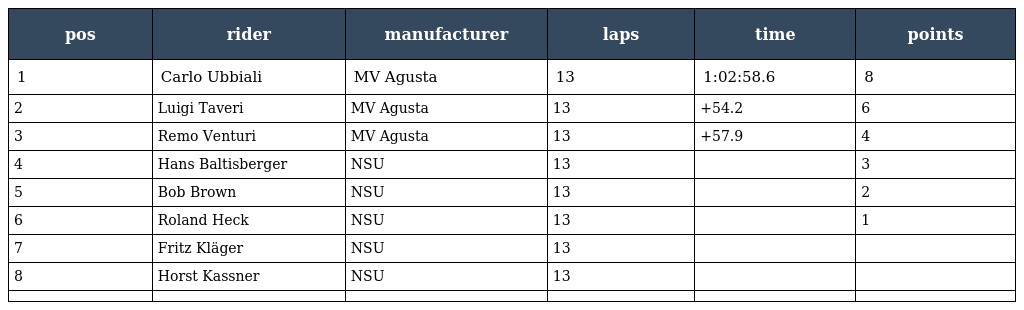
| pos | rider | manufacturer | laps | time | points |
 | --- | --- | --- | --- | --- | --- |
 | 1 | Carlo Ubbiali | MV Agusta | 13 | 1:02:58.6 | 8 |
 | 2 | Luigi Taveri | MV Agusta | 13 | +54.2 | 6 |
 | 3 | Remo Venturi | MV Agusta | 13 | +57.9 | 4 |
 | 4 | Hans Baltisberger | NSU | 13 |  | 3 |
 | 5 | Bob Brown | NSU | 13 |  | 2 |
 | 6 | Roland Heck | NSU | 13 |  | 1 |
 | 7 | Fritz Kläger | NSU | 13 |  |  |
 | 8 | Horst Kassner | NSU | 13 |  |  |
 |  |  |  |  |  |  |